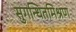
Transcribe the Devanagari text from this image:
सुगन्धितमिश्रण